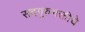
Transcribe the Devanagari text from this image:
सदगुरुभक्तीचे